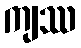
ကျဿ